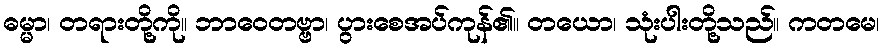
ဓမ္မာ၊ တရားတို့ကို။ ဘာဝေတဗ္ဗာ၊ ပွားစေအပ်ကုန်၏။ တယော၊ သုံးပါးတို့သည်။ ကတမေ၊